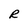
Character: R